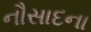
નૌસાદના